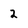
Character: 2